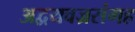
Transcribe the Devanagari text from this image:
अद्वयवज्रसंगह